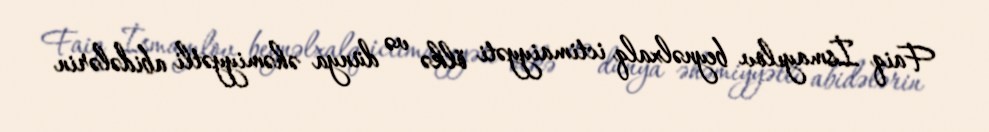
Faiq İsmayılov beynəlxalq ictimaiyyəti ölkə və dünya əhəmiyyətli abidələrin